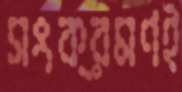
সংক্রমণই